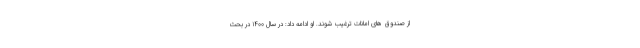
از صندوق های امانات ترغیب شوند. او ادامه داد: در سال ۱۴۰۰ در بحث